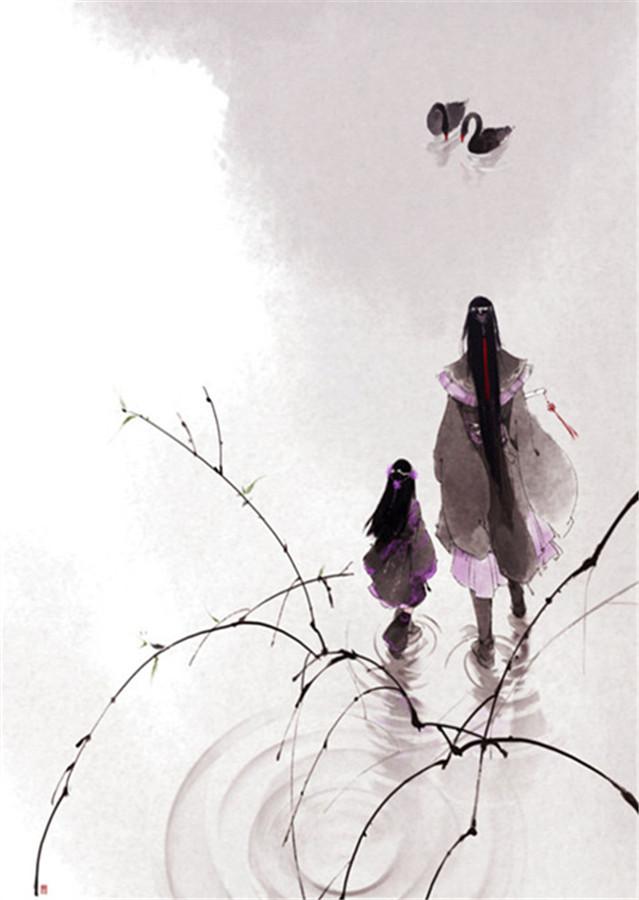
细看来，不是杨花，点点是离人泪。